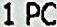
1 PC